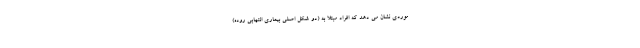
موردی نشان می دهد که افراد مبتلا به (دو شکل اصلی بیماری التهابی روده)